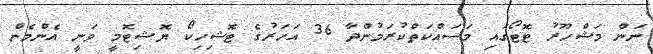
ނަން މަޝްހޫރު ޓޮޓޯގައި މަސައްކަތްކުރަމުންދާ 36 އަހަރުގެ ޓޮޝިހިކޯ ޔޮޝިޓޮމީ ވަނީ އެންމެން